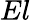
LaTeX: El